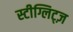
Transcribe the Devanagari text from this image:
स्टीग्लिट्ज़